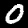
Digit: 0